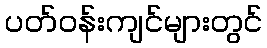
ပတ်ဝန်းကျင်များတွင်